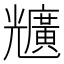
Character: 兤